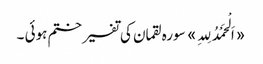
«اَلْحَمْدُ لِلہِ» سورہ لقمان کی تفسیر ختم ہوئی ۔